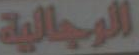
الرجالية